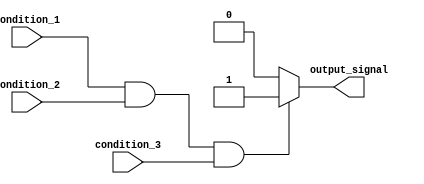
module if_else_module (
    input wire condition_1,
    input wire condition_2,
    input wire condition_3,
    output reg output_signal
);

always @(*) begin
    if (condition_1 && condition_2 && condition_3) begin
        // Code inside if block
        output_signal = 1;
    end
    else begin
        // Code inside else block
        output_signal = 0;
    end
end

endmodule